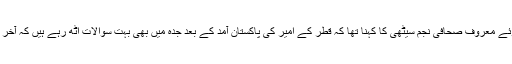
اسی متعلق گفتگو کرتے ہوئے معروف صحافی نجم سیٹھی کا کہنا تھا کہ قطر کے امیر کی پاکستان آمد کے بعد جدہ میں بھی بہت سوالات اٹھ رہے ہیں کہ آخر یہ پاکستان کیا کر رہا ہے۔